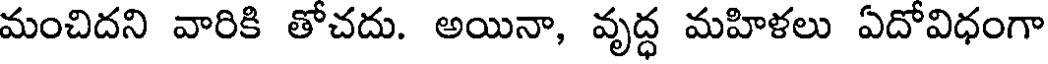
మంచిదని వారికి తోచదు. అయినా, వృద్ధ మహిళలు ఏదోవిధంగా